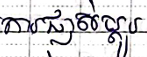
ការផ្លាស់ប្តូរ